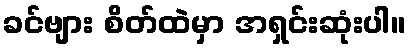
ခင်ဗျား စိတ်ထဲမှာ အရှင်းဆုံးပါ။